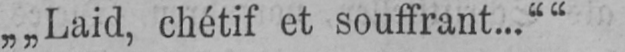
„„Laid, chétif et souffrant...““